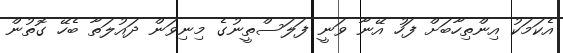
އެކަމަކު އިންތިހާބަށް ފަހު އޭނާ ވަނީ ފަލަސްތީނުގެ މިނިވަން ދައުލަތާ ބެހޭ ގޮތުން